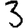
Digit: 3